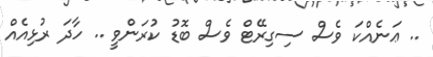
.. ޢަނެއްކަ ވެސް ސިގިރޭޓް ވެސް ބޮޑު ކުރަންވީ .. ހާދަ ރުޅިއެއް